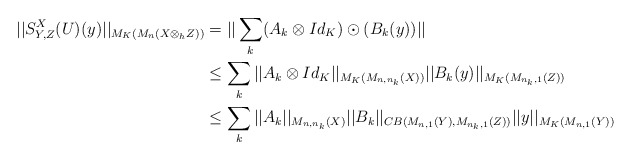
\begin{align*}||S^X_{Y,Z}(U)(y)||_{M_K(M_n(X\otimes_hZ))}&=||\sum_k (A_k\otimes Id_K) \odot (B_k(y))||\\&\leq \sum_k||A_k\otimes Id_K||_{M_K(M_{n,n_k}(X))}||B_k(y)||_{ M_K(M_{n_k,1}(Z))}\\&\leq \sum_k||A_k||_{M_{n,n_k}(X)}||B_k||_{CB(M_{n,1}(Y),M_{n_k,1}(Z))}||y||_{M_K(M_{n,1}(Y))}\end{align*}